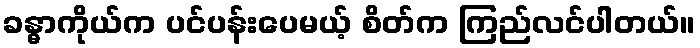
ခန္ဓာကိုယ်က ပင်ပန်းပေမယ့် စိတ်က ကြည်လင်ပါတယ်။